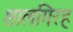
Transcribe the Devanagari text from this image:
शालगिरह